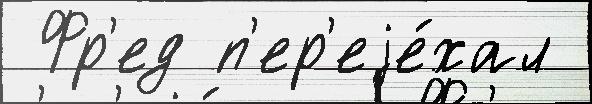
 Фр'ед п'ер'еjе́хал